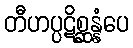
တီဟပ္ပဋိစ္ဆန္နံပေ